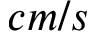
c m / s